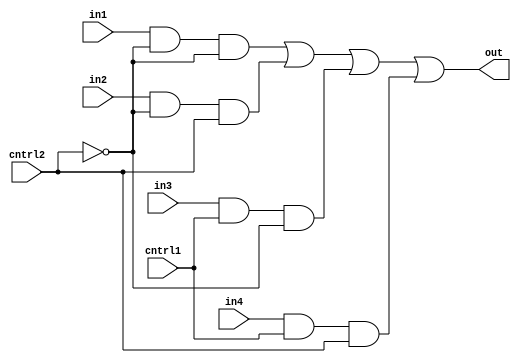
module mux4_1a(out,in1,in2,in3,in4,cntrl1,cntrl2);
output out;
input in1,in2,in3,in4,cntrl1,cntrl2;
wire notcntrl1,notcntrl2,w,x,y,z;
not 	(notcntrl1,cntrl2),
(notcntrl2,cntrl2);
and 	(w,in1,notcntrl1,notcntrl2),
 	(x,in2,notcntrl1,cntrl2),
 	(y,in3,cntrl1,notcntrl2),
(z,in4,cntrl1,cntrl2);
or 	(out,w,x,y,z);	
endmodule